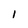
Character: I